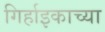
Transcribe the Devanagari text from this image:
गिर्हाइकाच्या